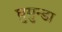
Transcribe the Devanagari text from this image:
घुसुन्डा